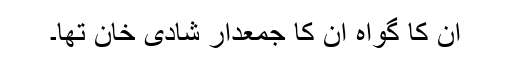
ان کا گواہ ان کا جمعدار شادی خان تھا۔